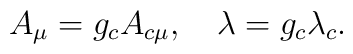
A_{\mu}= g_c A_{c \mu}, \quad      \lambda=g_c \lambda_c.